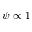
\psi \propto 1